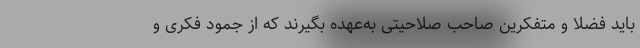
باید فضلا و متفکرین صاحب صلاحیتی به‌عهده بگیرند که از جمود فکری و